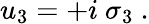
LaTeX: u_{3}=+i\ \sigma_{3}~.